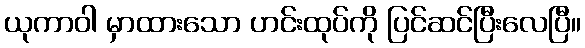
ယုကာဝါ မှာထားသော ဟင်းထုပ်ကို ပြင်ဆင်ပြီးလေပြီ။